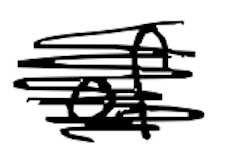
Text: of
Cross-out: scratch
Writing tool: digital_black